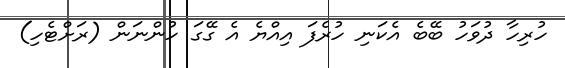
ހުރިހާ ދުވަހު ބޭބެ އެކަނި ހުރެފަ އިއްޔެ އެ ގޭގަ ހުންނަން (ރަށްޓެހި)